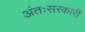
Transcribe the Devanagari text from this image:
अंतःसरकारी